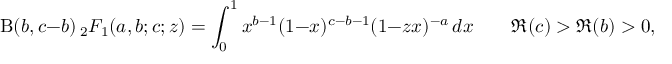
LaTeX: \mathrm { B } ( b , c - b ) \, _ { 2 } F _ { 1 } ( a , b ; c ; z ) = \int _ { 0 } ^ { 1 } x ^ { b - 1 } ( 1 - x ) ^ { c - b - 1 } ( 1 - z x ) ^ { - a } \, d x \qquad \Re ( c ) > \Re ( b ) > 0 ,